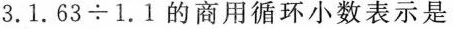
3.1.63\div1.1的商用循环小数表示是